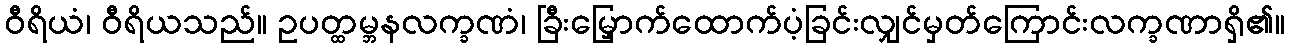
ဝီရိယံ၊ ဝီရိယသည်။ ဥပတ္ထမ္ဘနလက္ခဏံ၊ ခြီးမြှောက်ထောက်ပံ့ခြင်းလျှင်မှတ်ကြောင်းလက္ခဏာရှိ၏။